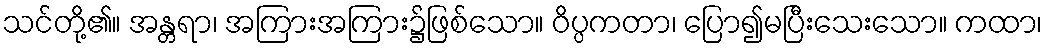
သင်တို့၏။ အန္တရာ၊ အကြားအကြား၌ဖြစ်သော။ ဝိပ္ပကတာ၊ ပြော၍မပြီးသေးသော။ ကထာ၊